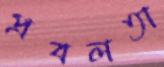
প্রবলতা